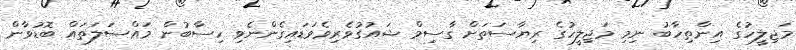
މަޖިލީހުގެ އިންތިހާބު ނިމި މަޖިލީހުގެ ރިޔާސަތަށް ގާސިމް ޝައުގުވެރިވެވަޑައިގެންނެވި ހިސާބުން މައްސަލަތައް ބޮޑުވާން